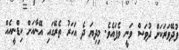
ފުދޭވަރަކަށް ދުވަސް ވަނީ ވެފައެވެ. މިދިޔަ ދެ އަހަރު ތެރޭގައި އޭނާއަށް ކިޑްނީއެއް